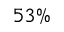
5 3 \%